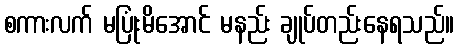
စကားလက် မပြုံးမိအောင် မနည်း ချုပ်တည်းနေရသည်။